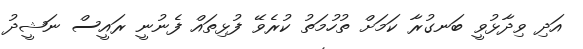
އަދި ވިދާޅުވީ ބަނގުރާ ކަމަށް ތުހުމަތު ކުރެވޭ ފުޅިތައް ފެނުނީ ރައީސް ނަޝީދު